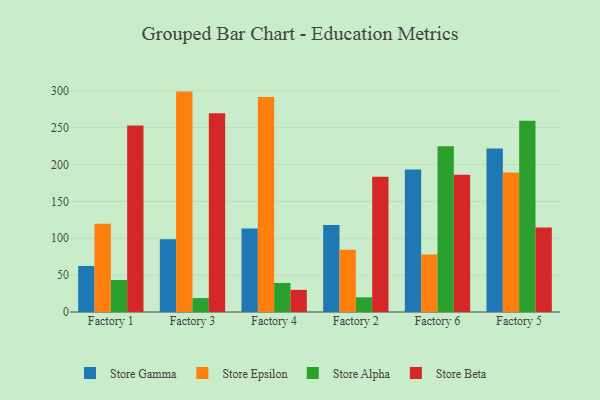
{"axis": {"x": "Factory", "y": "Churn Rate (%)"}, "legend": ["Store Alpha", "Store Beta", "Store Epsilon", "Store Gamma"], "data": [{"x": "Factory 1", "y": 62.4, "type": "Store Gamma"}, {"x": "Factory 1", "y": 119.7, "type": "Store Epsilon"}, {"x": "Factory 1", "y": 43.4, "type": "Store Alpha"}, {"x": "Factory 1", "y": 252.8, "type": "Store Beta"}, {"x": "Factory 3", "y": 98.7, "type": "Store Gamma"}, {"x": "Factory 3", "y": 298.9, "type": "Store Epsilon"}, {"x": "Factory 3", "y": 18.9, "type": "Store Alpha"}, {"x": "Factory 3", "y": 269.4, "type": "Store Beta"}, {"x": "Factory 4", "y": 113.1, "type": "Store Gamma"}, {"x": "Factory 4", "y": 291.7, "type": "Store Epsilon"}, {"x": "Factory 4", "y": 39.4, "type": "Store Alpha"}, {"x": "Factory 4", "y": 30.0, "type": "Store Beta"}, {"x": "Factory 2", "y": 118.1, "type": "Store Gamma"}, {"x": "Factory 2", "y": 84.3, "type": "Store Epsilon"}, {"x": "Factory 2", "y": 19.9, "type": "Store Alpha"}, {"x": "Factory 2", "y": 183.4, "type": "Store Beta"}, {"x": "Factory 6", "y": 193.2, "type": "Store Gamma"}, {"x": "Factory 6", "y": 78.1, "type": "Store Epsilon"}, {"x": "Factory 6", "y": 224.7, "type": "Store Alpha"}, {"x": "Factory 6", "y": 186.1, "type": "Store Beta"}, {"x": "Factory 5", "y": 221.9, "type": "Store Gamma"}, {"x": "Factory 5", "y": 189.2, "type": "Store Epsilon"}, {"x": "Factory 5", "y": 259.4, "type": "Store Alpha"}, {"x": "Factory 5", "y": 114.6, "type": "Store Beta"}]}